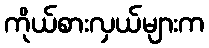
ကိုယ်စားလှယ်များက